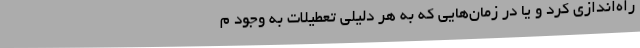
راه‌اندازی کرد و یا در زمان‌هایی که به هر دلیلی تعطیلات به وجود م